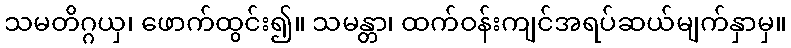
သမတိဂ္ဂယှ၊ ဖောက်ထွင်း၍။ သမန္တာ၊ ထက်ဝန်းကျင်အရပ်ဆယ်မျက်နှာမှ။